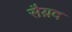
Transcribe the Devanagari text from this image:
सैय़द